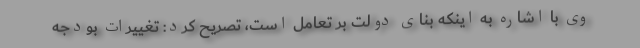
وی با اشاره به اینکه بنای دولت بر تعامل است، تصریح کرد: تغییرات بودجه